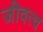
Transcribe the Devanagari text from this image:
जीवत्व